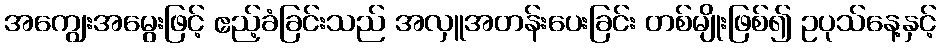
အကျွေးအမွေးဖြင့် ဧည့်ခံခြင်းသည် အလှူအတန်းပေးခြင်း တစ်မျိုးဖြစ်၍ ဥပုသ်နေ့နှင့်